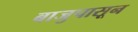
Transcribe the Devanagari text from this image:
बाजुपासून